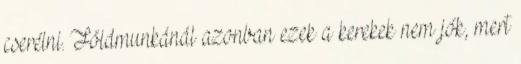
cserélni. Földmunkánál azonban ezek a kerekek nem jók, mert